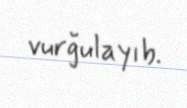
vurğulayıb.